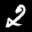
Label: 2